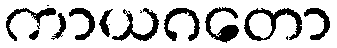
ကာယဂတော